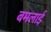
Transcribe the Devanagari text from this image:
बमलाई